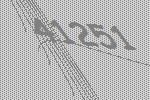
41251